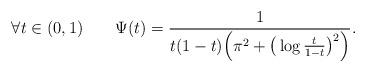
LaTeX: \begin{align*}\forall t\in(0,1)\;\;\;\;\;\;\; \Psi(t)=\frac{1}{t(1-t)\Big(\pi^2+\big(\log\frac{t}{1-t}\big)^2\Big)}.\end{align*}